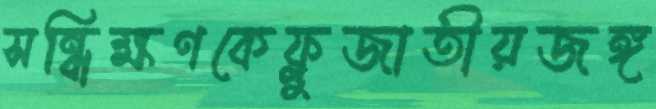
সন্ধিক্ষণকেফ্লুজাতীয়জঙ্গ